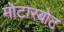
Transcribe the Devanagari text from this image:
मोटारबोट